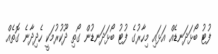
ފުޓު ބޯޅަދަނޑެއް އަޅައި މިހާރުގެ ފުޓު ބޯޅަދަނޑުން ގޯތި ދޫކުރުމަކީ ހެދިދާނެ ގޮތެއް